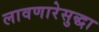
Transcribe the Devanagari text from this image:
लावणारेसुद्धा